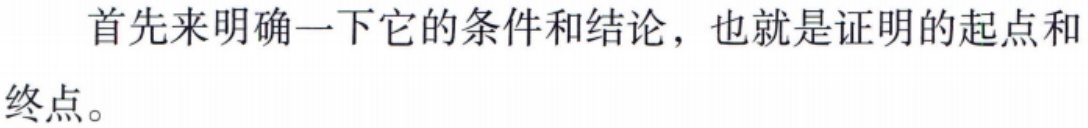
首先来明确一下它的条件和结论，也就是证明的起点和终点。